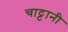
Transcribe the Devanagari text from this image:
चाट्टानी